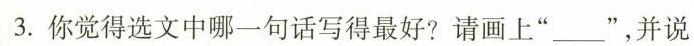
3.你觉得选文中哪一句话写得最好?请画上”_________”，并说